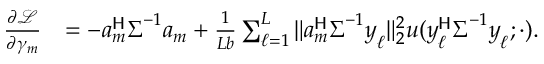
\begin{array} { r l } { \frac { \partial \mathcal { L } } { \partial \gamma _ { m } } } & { = - \boldsymbol { a } _ { m } ^ { \sf H } \boldsymbol { \Sigma } ^ { - 1 } \boldsymbol { a } _ { m } + \frac { 1 } { L b } \sum _ { \ell = 1 } ^ { L } \| \boldsymbol { a } _ { m } ^ { \sf H } \boldsymbol { \Sigma } ^ { - 1 } \boldsymbol { y } _ { \ell } \| _ { 2 } ^ { 2 } u ( \boldsymbol { y } _ { \ell } ^ { \sf H } \boldsymbol { \Sigma } ^ { - 1 } \boldsymbol { y } _ { \ell } ; \cdot ) . } \end{array}